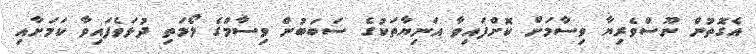
އެގޮތުން ނޫސްވެރިޔާ ވިސާމަށް ކޮށްފައިވާ އަނިޔާތަކުގެ ސަބަބުން ވިސާމްގެ ލޯމަތި ދުޅަވެފައިވާ ކަމަށާއި